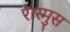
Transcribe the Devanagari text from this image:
रास्मुस